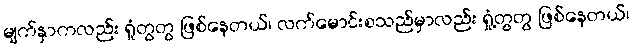
မျက်နှာကလည်း ရှုံတွတွ ဖြစ်နေတယ်၊ လက်မောင်းစသည်မှာလည်း ရှုံ့တွတွ ဖြစ်နေတယ်၊